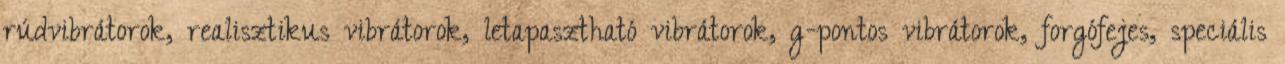
rúdvibrátorok, realisztikus vibrátorok, letapasztható vibrátorok, g-pontos vibrátorok, forgófejes, speciális